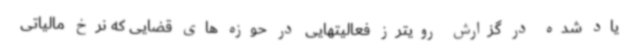
یاد شده در گزارش رویترز فعالیتهایی در حوزه های قضایی که نرخ مالیاتی